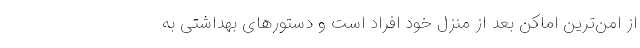
از امن‌ترین اماکن بعد از منزل خود افراد است و دستورهای بهداشتی به